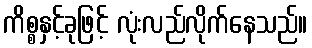
ကိစ္စနှင့်ခုဖြင့် လုံးလည်လိုက်နေသည်။